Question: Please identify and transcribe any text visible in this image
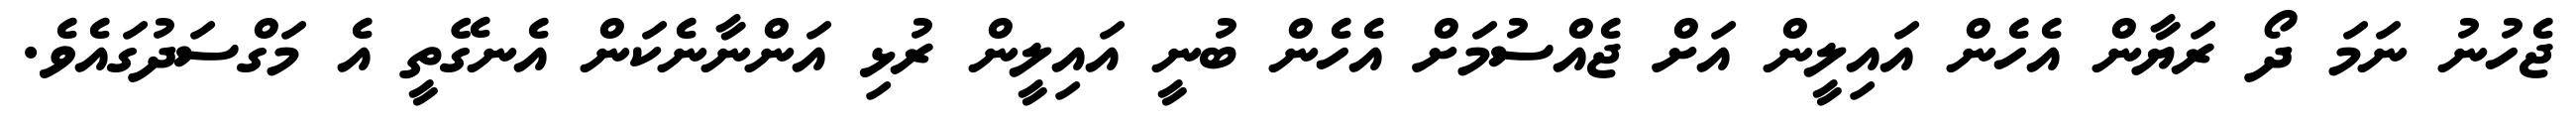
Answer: ޖެހުނު ނަމަ ދޯ ރަޔާން އެހެން އައިލީން އަށް ޖެއްސުމަށް އެހެން ބުނީ އައިލީން ރުޅި އަންނާނެކަން އެނގޭތީ އެ މަގްސަދުގައެވެ.